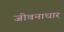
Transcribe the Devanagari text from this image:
जीवनाधार